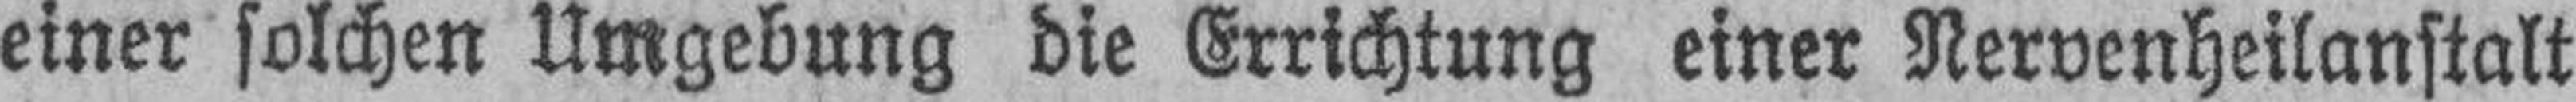
einer solchen Umgebung die Errichtung einer Nervenheilanstalt